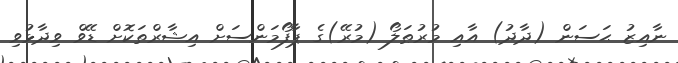
ނާއިޒު ޙަސަން (ދާދު) އާއި މުރުޠަލޯ (މުރޭ)ގެ ޕާފޯމަންސަށް އިޝާރްތަކޮށް ޑޭވް ވިދާޅުވި